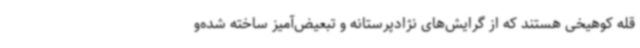
قله کوهیخی هستند که از گرایش‌های نژادپرستانه و تبعیض‌آمیز ساخته شده‌و